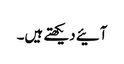
آئیے دیکھتے ہیں۔